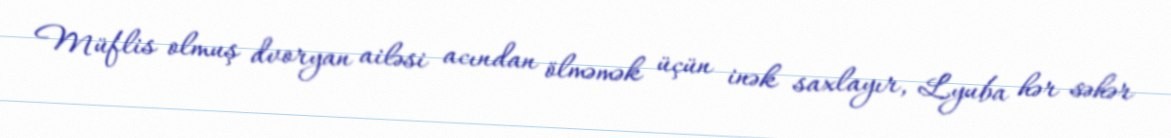
Müflis olmuş dvoryan ailəsi acından ölməmək üçün inək saxlayır, Lyuba hər səhər